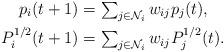
LaTeX: \begin{align*}p_{i}(t+1) & ={\textstyle \sum_{j\in\mathcal{N}_{i}}w_{ij}p_{j}(t),}\\P_{i}^{1/2}(t+1) & ={\textstyle \sum_{j\in\mathcal{N}_{i}}w_{ij}P_{j}^{1/2}(t).}\end{align*}